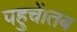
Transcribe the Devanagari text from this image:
पहुचें।तब